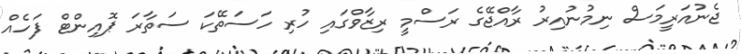
ޖެނުއަރީމަސް ނިމުނުއިރު ރާއްޖޭގެ ރަސްމީ ރިޒާވްގައި ހުރި ހަސަތޭކަ ސަތާރަ ޕޮއިންޓް ފަހެއް